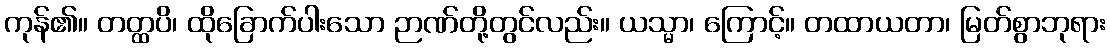
ကုန်၏။ တတ္ထပိ၊ ထိုခြောက်ပါးသော ဉာဏ်တို့တွင်လည်း။ ယသ္မာ၊ ကြောင့်။ တထာယတာ၊ မြတ်စွာဘုရား